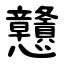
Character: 戇